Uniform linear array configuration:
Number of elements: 12
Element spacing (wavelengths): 1
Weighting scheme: blackman
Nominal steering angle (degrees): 30
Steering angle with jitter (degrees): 28.479
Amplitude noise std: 0.05
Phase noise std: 0.05

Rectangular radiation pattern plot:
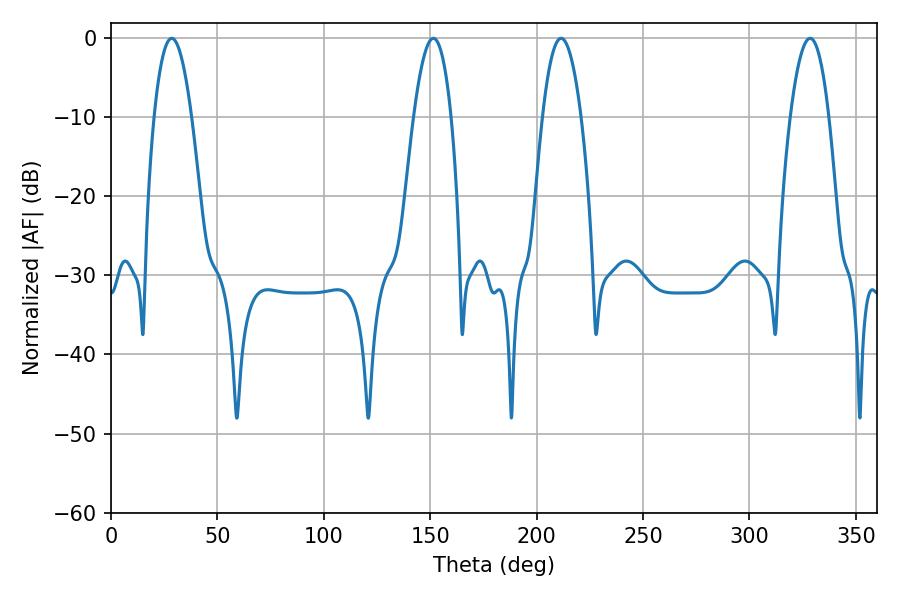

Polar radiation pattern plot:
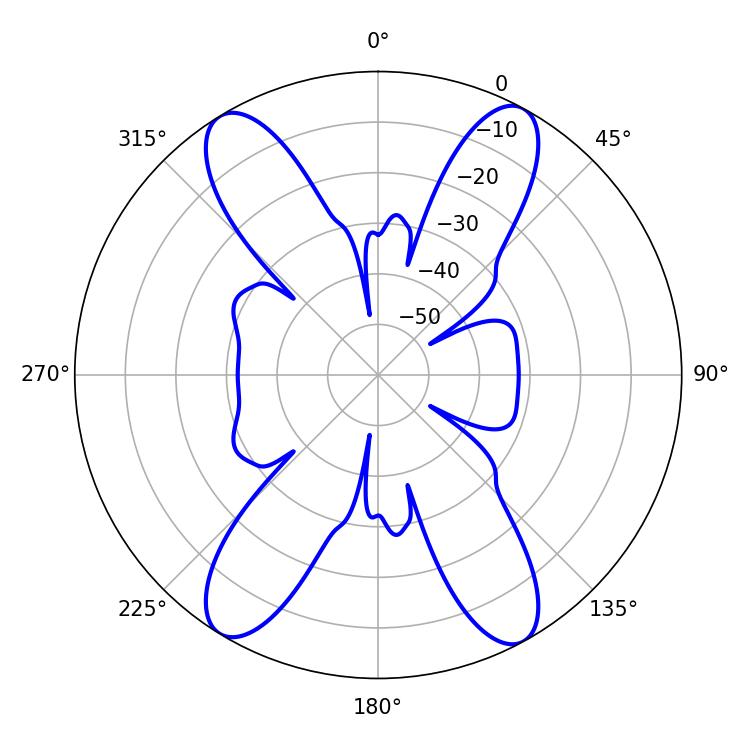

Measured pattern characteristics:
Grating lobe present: TRUE
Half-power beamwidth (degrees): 9.9
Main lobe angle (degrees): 328.5